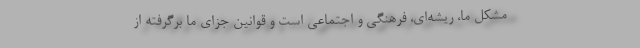
مشکل ما، ریشه‌ای، فرهنگی و اجتماعی است و قوانین جزای ما برگرفته از